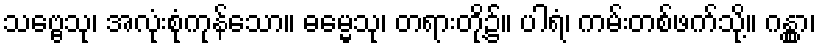
သဗ္ဗေသု၊ အလုံးစုံကုန်သော။ ဓမ္မေသု၊ တရားတို့၌။ ပါရံ၊ ကမ်းတစ်ဖက်သို့။ ဂန္တွာ၊